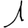
Digit: 1